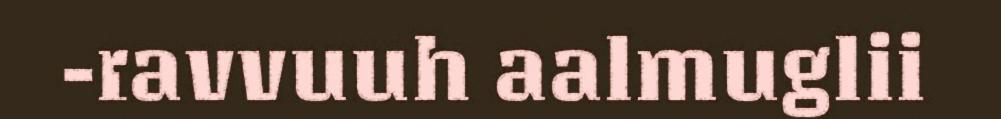
-ravvuuh aalmuglii